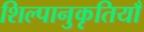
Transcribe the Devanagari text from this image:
शिल्पानुकृतियाँ